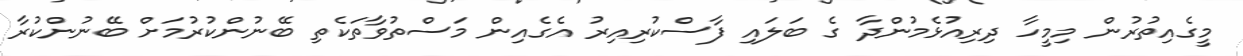
މީގެއިތުރުން މިމީހާ ދިރިއުޅެމުންދާ ގެ ބަލައި ފާސްކުރިއިރު އެގެއިން މަސްތުވާތަކެތި ބޭނުންކުރުމަށް ބޭނުންކުރާ